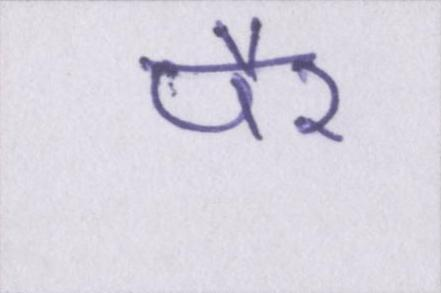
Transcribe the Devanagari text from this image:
पैर